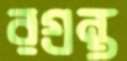
রগ্রন্থ